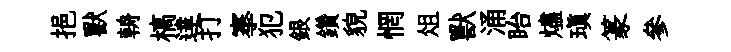
挹獸輈槁達打搴犯銀鑽貌惘俎獸涌眙燼瑱篆參